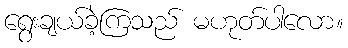
ရွေးချယ်ခဲ့ကြသည် မဟုတ်ပါလော။